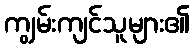
ကျွမ်းကျင်သူများ၏